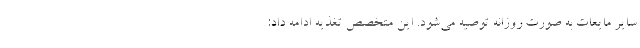
سایر مایعات به صورت روزانه توصیه می‌شود. این متخصص تغذیه ادامه داد: